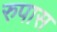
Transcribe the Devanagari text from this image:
रुपास